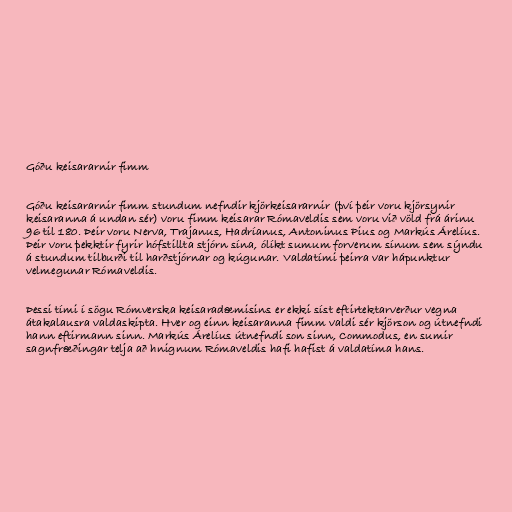
Góðu keisararnir fimm

Góðu keisararnir fimm stundum nefndir kjörkeisararnir (því þeir voru kjörsynir
keisaranna á undan sér) voru fimm keisarar Rómaveldis sem voru við völd frá árinu
96 til 180. Þeir voru Nerva, Trajanus, Hadríanus, Antoninus Pius og Markús Árelíus.
Þeir voru þekktir fyrir hófstillta stjórn sína, ólíkt sumum forverum sínum sem sýndu
á stundum tilburði til harðstjórnar og kúgunar. Valdatími þeirra var hápunktur
velmegunar Rómaveldis.

Þessi tími í sögu Rómverska keisaradæmisins er ekki síst eftirtektarverður vegna
átakalausra valdaskipta. Hver og einn keisaranna fimm valdi sér kjörson og útnefndi
hann eftirmann sinn. Markús Árelíus útnefndi son sinn, Commodus, en sumir
sagnfræðingar telja að hnignum Rómaveldis hafi hafist á valdatíma hans.